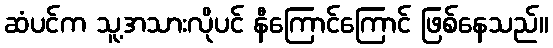
ဆံပင်က သူ့အသားလိုပင် နီကြောင်ကြောင် ဖြစ်နေသည်။